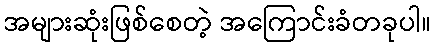
အများဆုံးဖြစ်စေတဲ့ အကြောင်းခံတခုပါ။